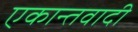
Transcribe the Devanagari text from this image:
एकान्तवादी